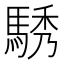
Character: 𮪆